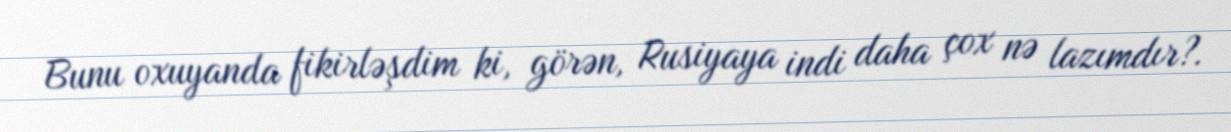
Bunu oxuyanda fikirləşdim ki, görən, Rusiyaya indi daha çox nə lazımdır?.